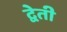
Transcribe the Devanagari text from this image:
द्वेती